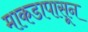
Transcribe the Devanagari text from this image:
माकडापासून